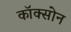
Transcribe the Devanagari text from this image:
कॉक्सोन